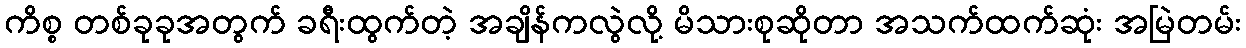
ကိစ္စ တစ်ခုခုအတွက် ခရီးထွက်တဲ့ အချိန်ကလွဲလို့ မိသားစုဆိုတာ အသက်ထက်ဆုံး အမြဲတမ်း